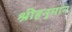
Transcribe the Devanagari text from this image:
श्रीहनुमान